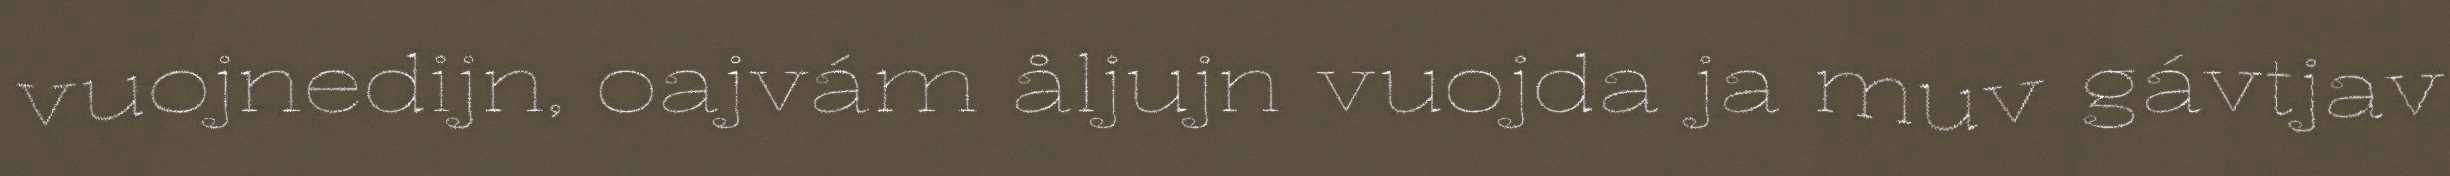
vuojnedijn, oajvám åljujn vuojda ja muv gávtjav